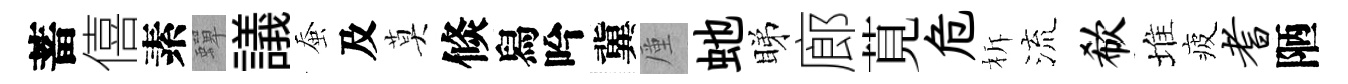
蓄僖素蟬議蚕及莫倐舄吟冀厪虵睇廊莧危柝流欷堆疲耆陋